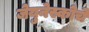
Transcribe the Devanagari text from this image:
जेयुनेस्कोचे